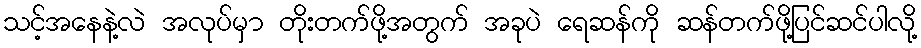
သင့်အနေနဲ့လဲ အလုပ်မှာ တိုးတက်ဖို့အတွက် အခုပဲ ရေဆန်ကို ဆန်တက်ဖို့ပြင်ဆင်ပါလို့